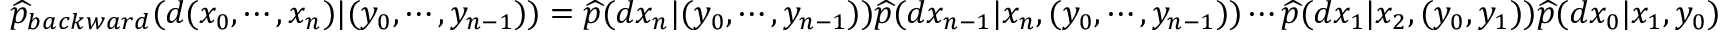
{ \begin{array} { r } { { \widehat { p } } _ { b a c k w a r d } ( d ( x _ { 0 } , \cdots , x _ { n } ) | ( y _ { 0 } , \cdots , y _ { n - 1 } ) ) = { \widehat { p } } ( d x _ { n } | ( y _ { 0 } , \cdots , y _ { n - 1 } ) ) { \widehat { p } } ( d x _ { n - 1 } | x _ { n } , ( y _ { 0 } , \cdots , y _ { n - 1 } ) ) \cdots { \widehat { p } } ( d x _ { 1 } | x _ { 2 } , ( y _ { 0 } , y _ { 1 } ) ) { \widehat { p } } ( d x _ { 0 } | x _ { 1 } , y _ { 0 } ) } \end{array} }